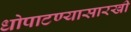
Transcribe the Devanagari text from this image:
धोपाटण्यासारखी